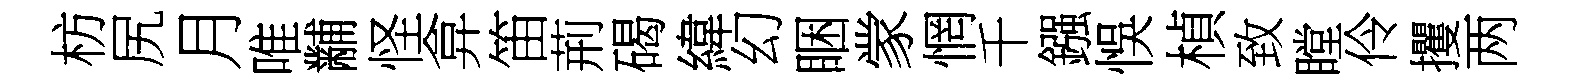
枋尻月唯黼怪弇笛荊碣緯幻睏䝉惘千鏹悞楨致瞠伶攫两